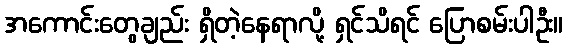
အကောင်းတွေချည်း ရှိတဲ့နေရာလို့ ရှင်သိရင် ပြောစမ်းပါဦး။